Report on plague in the Punjab from October 1st ... to September 30th ..., being the ... season of plague in the province
Disease focus: Plague
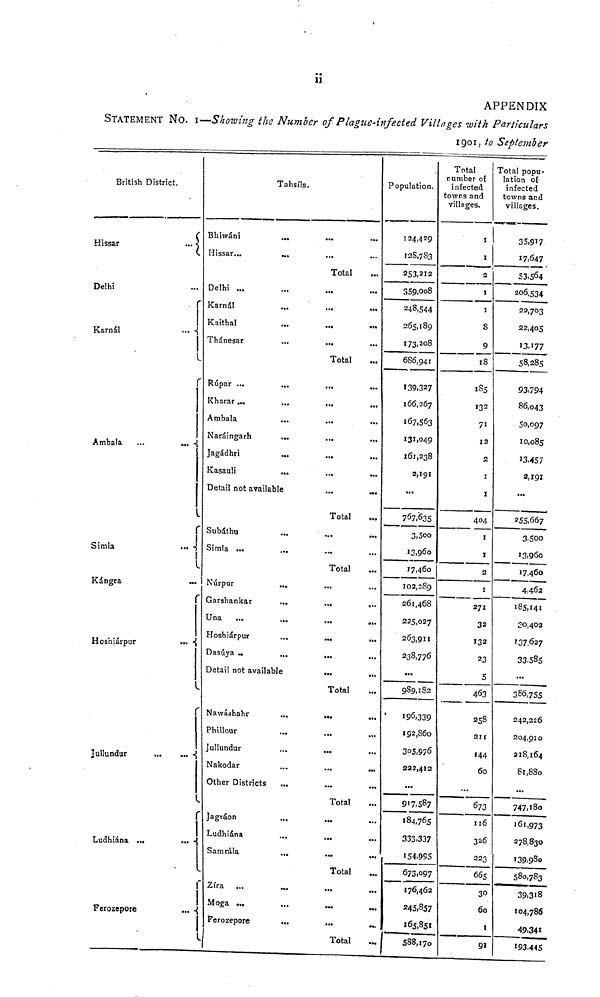
11
APPENDIX
STATEMENT NO. 1—Showing the Number of Plague-infected Villages with Particulars
1901 to September
British District.
Hissar
Delhi
Karnál
Arríbala
Simla
Kángra
Hoshiárpur
Jullundur
Ludhiána
Ferozepo
...
...
...
...
...
... ...
re
Tahsils.
Bhiwání ...
Hissar...
...
Delhi ... ...
Karnál ...
Kaithal ...
Thánesar
Rúpar ... ...
Kharar... ...
Arríbala ...
Naráingarh
...
Jagádhri
...
Kasauli
...
Detail not available
Subáthu
Simla ...
...
Núrpur
...
Garshankar
...
Una
...
...
Hoshiárpur
Dasúya
...
Detail not available
Nawáshahr
Phillour
Jullundur
Nakodar
Other Districts
...
Jagráon
Ludhiána
Samrála
...
Zíra ...
Moga ...
...
Ferozepore
...
...
Total
... ...
... ...
...
•••
...
Total
...
...
...
...
...
...
...
...
Total
...
...
Total
...
...
...
.4.
...
».
Total
...
...
...
...
...
...
Total
...
...
...
Total
...
...
Total
Population.
124,429
128,783
253,212
359,008
248,544
265,189
173,208
686,941
139,327
166,267
167,563
131,049
161,238
2,191
...
7 6 7,635
3,500
13,960
17,460
102,289
261,468
225,027
263,911
238,776
...
989,182
196,339
192,860
305,976
222,412
...
917,587
184,765
333.337
154,995
673,097
176,462
245,857
165,81
588,170
Total
number of
infected
owns and
villages.
1
2
1
8
9
18
185
132
71
12
2
1
1
404
1
1
2
1
271
32
132
23
5
463
258
211
144
60
...
673
116
326
223
665
30
60
1
91
Total popu-
lation of
infected
towns and
villages.
35,917
17;647
53.564
206,534
22,703
22,405
58,285
93.794
86,043
50,097
10,085
13.457
2,191
...
255,667
3,500
13,960
17,460
4,462
185,141
20,402
137.627
33,585
...
386,755
242,226
204,910
2 18,164
81,88o
...
747,180
161,973
278,830
139,98o
580,783
39,318
104,786
49.341
193.445